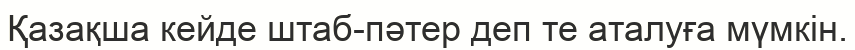
Қазақша кейде штаб-пәтер деп те аталуға мүмкін.